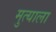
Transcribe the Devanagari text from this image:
मुत्याला